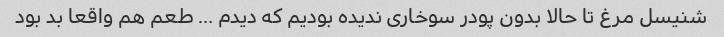
شنیسل مرغ تا حالا بدون پودر سوخاری ندیده بودیم که دیدم … طعم هم واقعا بد بود